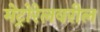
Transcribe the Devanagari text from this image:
मेट्रोरेलवरील